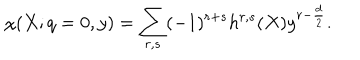
\chi ( X ; q = 0 , y ) = \sum _ { r , s } ( - 1 ) ^ { r + s } h ^ { r , s } ( X ) y ^ { r - \frac d 2 } .